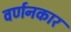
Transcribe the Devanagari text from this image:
वर्णनकार